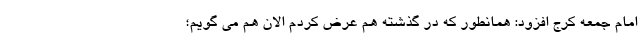
امام جمعه کرج افزود: همانطور که در گذشته هم عرض کردم الان هم می گویم؛